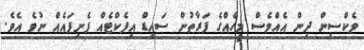
ވެކްސިން ދިން އެއްވެސް މީހެއްގެ ފަރާތުން ސައިޑް އިފެކްޓެއް ފެނިފައެއް ނުވެ އެވެ.